Vaccination in Bombay 1869-1873 - 1869-1873
Year: 1869
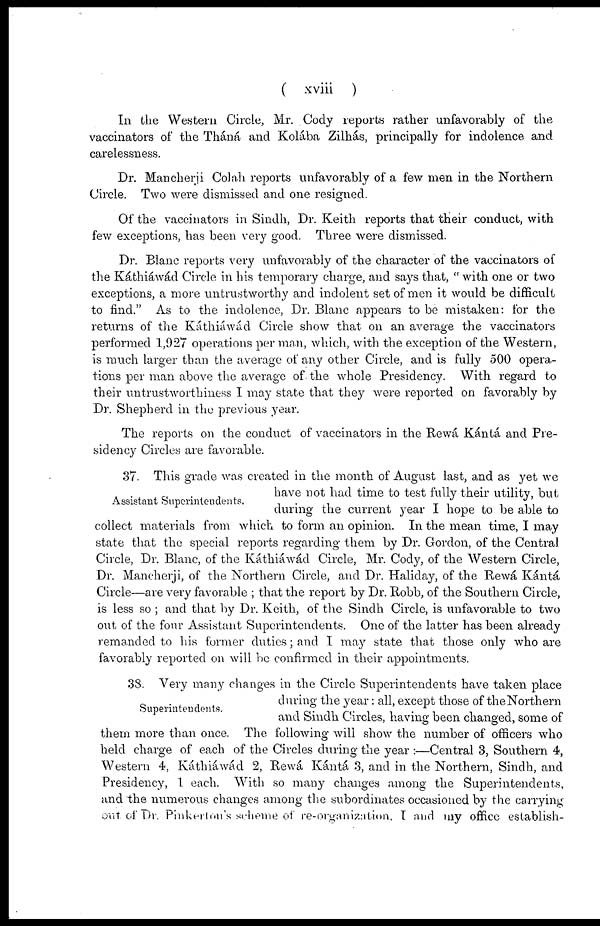
( xviii )
In the Western Circle, Mr. Cody reports rather unfavorably of the
vaccinators of the Tháná and Kolába Zilhás, principally for indolence and
carelessness.
Dr. Mancherji Colah reports unfavorably of a few men in the Northern
Circle. Two were dismissed and one resigned.
Of the vaccinators in Sindh, Dr. Keith reports that their conduct, with
few exceptions, has been very good. Three were dismissed.
Dr. Blanc reports very unfavorably of the character of the vaccinators of
the Káthiáwad Circle in his temporary charge, and says that, " with one or two
exceptions, a more untrustworthy and indolent set of men it would be difficult
to find." As to the indolence, Dr. Blanc appears to be mistaken: for the
returns of the Káthiáwád Circle show that on an average the vaccinators
performed 1,927 operations per man, which, with the exception of the Western,
is much larger than the average of any other Circle, and is fully 500 opera-
tions per man above the average of. the whole Presidency. With regard to
their untrustworthiness I may state that they were reported on favorably by
Dr. Shepherd in the previous year.
The reports on the conduct of vaccinators in the Rewá Kántá and Pre-
sidency Circles are favorable.
Assistant Superintendents.
37. This grade was created in the month of August last, and as yet we
have not had time to test fully their utility, but
during the current year I hope to be able to
collect materials from which to form an opinion. In the mean time, I may
state that the special reports regarding them by Dr. Gordon, of the Central
Circle, Dr. Blanc, of the Káthiáwád Circle, Mr. Cody, of the Western Circle,
Dr. Mancherji, of the Northern Circle, and Dr. Haliday, of the Rewá Kántá
Circle—are very favorable ; that the report by Dr. Robb, of the Southern Circle,
is less so ; and that by Dr. Keith, of the Sindh Circle, is unfavorable to two
out of the four Assistant Superintendents. One of the latter has been already
remanded to his former duties; and I may state that those only who are
favorably reported on will be confirmed in their appointments.
Superintendents.
38. Very many changes in the Circle Superintendents have taken place
during the year: all, except those of the Northern
and Sindh Circles, having been changed, some of
them more than once. The following will show the number of officers who
held charge of each of the Circles during the year :—Central 3, Southern 4,
Western 4, Káthiáwád 2, Rewá Kántá 3, and in the Northern, Sindh, and
Presidency, 1 each. With so many changes among the Superintendents,
and the numerous changes among the subordinates occasioned by the carrying
out of Dr. Pinkerton's scheme of re-organization, I and my office establish-